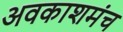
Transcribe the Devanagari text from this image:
अवकाशमंच